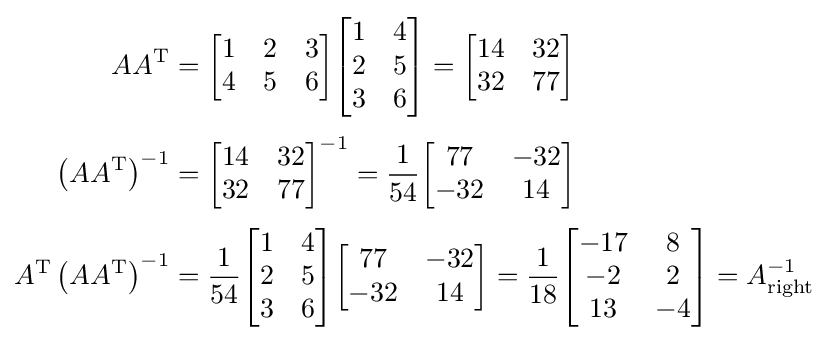
{\begin{aligned}AA^{\text{T}}&={\begin{bmatrix}1&2&3\\4&5&6\end{bmatrix}}{\begin{bmatrix}1&4\\2&5\\3&6\end{bmatrix}}={\begin{bmatrix}14&32\\32&77\end{bmatrix}}\\[3pt]\left(AA^{\text{T}}\right)^{-1}&={\begin{bmatrix}14&32\\32&77\end{bmatrix}}^{-1}={\frac {1}{54}}{\begin{bmatrix}77&-32\\-32&14\end{bmatrix}}\\[3pt]A^{\text{T}}\left(AA^{\text{T}}\right)^{-1}&={\frac {1}{54}}{\begin{bmatrix}1&4\\2&5\\3&6\end{bmatrix}}{\begin{bmatrix}77&-32\\-32&14\end{bmatrix}}={\frac {1}{18}}{\begin{bmatrix}-17&8\\-2&2\\13&-4\end{bmatrix}}=A_{\text{right}}^{-1}\end{aligned}}